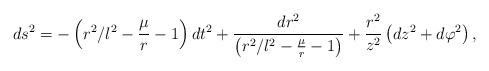
LaTeX: \begin{align*}ds^{2} =-\left( r^{2}/l^{2}-\frac{\mu }{r}-1\right) dt^{2}+ \frac{dr^{2}}{\left(r^{2}/l^{2}-\frac{\mu }{r}-1\right) }+\frac{r^{2}}{z^{2}}\left( dz^{2}+d\varphi ^{2}\right),\end{align*}